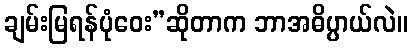
ချမ်းမြရန်ပုံဝေး”ဆိုတာက ဘာအဓိပ္ပာယ်လဲ။